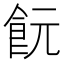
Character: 䬧